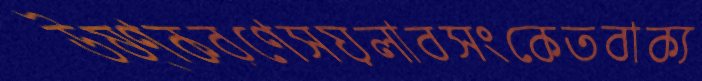
উষ্ণকরণেসয়লাবসংকেতবাক্য